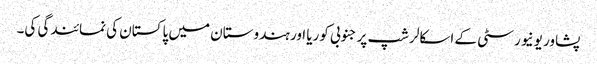
پشاور یونیورسٹی کے اسکالرشپ پر جنوبی کوریا اور ہندوستان میں پاکستان کی نمائندگی کی۔